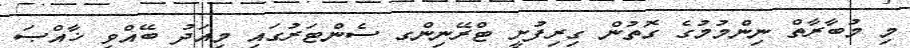
މި މުބާރާތް ނިންމުމުގެ ގޮތުން ގިރިފުށީ ޓްރޭނިންގ ސެންޓަރުގައި މިއަދު ބޭއްވި ޚާއްޞަ